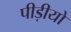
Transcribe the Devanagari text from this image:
पीड़ीयो